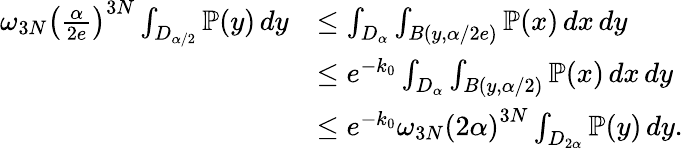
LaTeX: \begin{array}{rl}{\omega_{3N}\left(\frac{\alpha}{2e}\right)^{3N}\int_{D_{\alpha/2}}\mathbb{P}(y)\, dy}&{\leq\int_{D_{\alpha}}\int_{B(y,\alpha/2e)}\mathbb{P}(x)\, dx\, dy}\\ &{\leq e^{-k_{0}}\int_{D_{\alpha}}\int_{B(y,\alpha/2)}\mathbb{P}(x)\, dx\, dy}\\ &{\leq e^{-k_{0}}\omega_{3N}\left(2\alpha\right)^{3N}\int_{D_{2\alpha}}\mathbb{P}(y)\, dy.}\end{array}